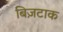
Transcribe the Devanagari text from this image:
बिज़टाक